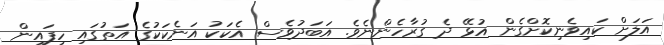
އަލަށް ކައިވެނިކޮށްގެން އުޅޭ ދެ ގުރާހެންނެވެ. އަބަދުވެސް އެކަކު އަނެކަކުގެ އަތުގައި ހިފައިން